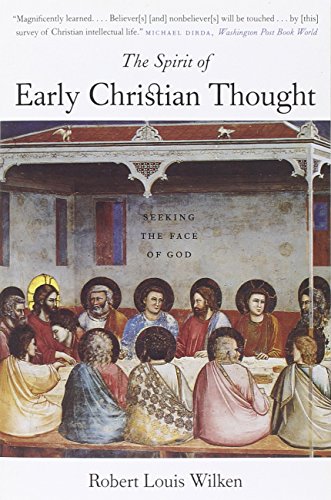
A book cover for The Spirit of Early Christian Thought: Seeking the Face of God; Robert Louis Wilken; Christian Books & Bibles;